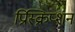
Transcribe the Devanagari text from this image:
प्रिस्क्रिप्शन